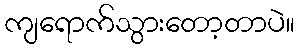
ကျရောက်သွားတော့တာပဲ။